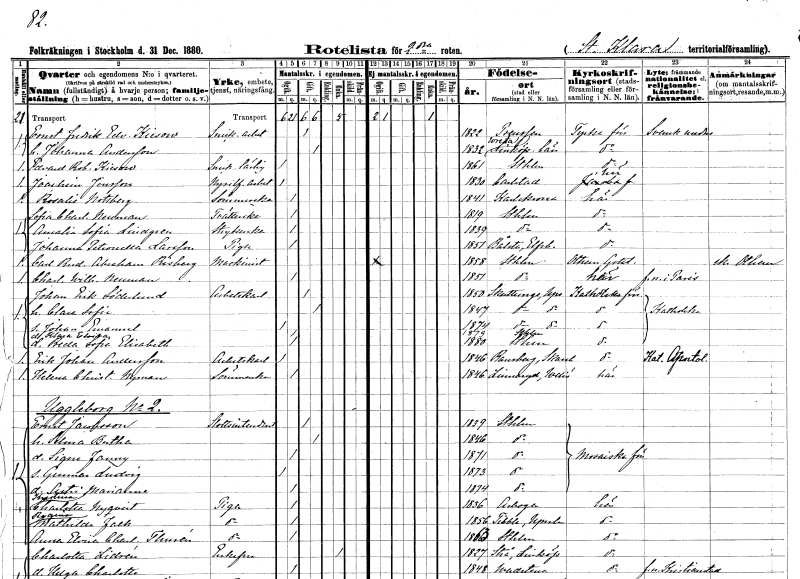
gt_parse: households: individuals: FN: Ernst Fredrik Edvard
EN: Kiesow
YRKE: Snickeriarbetare
KON: M
CIV: G
FODAR: 1822
FN: Johanna
EN: Andersson
KON: K
CIV: G
FODAR: 1832
FODFORS: Vreta kloster Östergötlands län
FN: Edvard Robert
EN: Kiesow
YRKE: Snickarelärling
KON: M
CIV: O
FODAR: 1861
FODFORS: Stockholm
FN: Joachim
EN: Jonsson
YRKE: Nysilverarbetare
KON: M
CIV: O
FODAR: 1830
FODFORS: Karlstad Värmlands län
FN: Rosalie
EN: Nottberg
YRKE: Sömmerska
KON: K
CIV: O
FODAR: 1841
FODFORS: Karlskrona Blekinge län
FN: Sofia Charlotta
EN: Neuman
YRKE: Tvätterska
KON: K
CIV: O
FODAR: 1819
FODFORS: Stockholm
FN: Amalia Sofia
EN: Lindgren
YRKE: Strykerska
KON: K
CIV: O
FODAR: 1839
FODFORS: Stockholm
FN: Johanna Petronella
EN: Larsson
YRKE: Piga
KON: K
CIV: O
FODAR: 1851
FODFORS: Bolstad Älvsborgs län
FN: Carl Rudolf Abraham
EN: Risberg
YRKE: Maskinist
KON: M
CIV: O
FODAR: 1858
FODFORS: Stockholm
FN: Charlotta Wilhelmina
EN: Neuman
KON: K
CIV: O
FODAR: 1851
FODFORS: Stockholm
FN: Johan Erik
EN: Söderlund
YRKE: Arbetskarl
KON: M
CIV: G
FODAR: 1850
FODFORS: Skuttunge Uppsala län
FN: Clara Sofia
KON: K
CIV: G
FODAR: 1847
FODFORS: Skuttunge Uppsala län
FN: Johan Emanuel
KON: M
CIV: O
FODAR: 1874
FODFORS: Skuttunge Uppsala län
FN: Klara Elvira
KON: K
CIV: O
FODAR: 1879
FODFORS: Stockholm
FN: Beda Sofia Elisabeth
KON: K
CIV: O
FODAR: 1880
FODFORS: Stockholm
FN: Erik Johan
EN: Andersson
YRKE: Arbetskarl
KON: M
CIV: O
FODAR: 1846
FN: Helena Christina
EN: Nyman
YRKE: Sömmerska
KON: K
CIV: O
FODAR: 1846
FODFORS: Linneryd Kronobergs län
FN: Ernst
EN: Jacobsson
YRKE: Slottsintendent
KON: M
CIV: G
FODAR: 1839
FODFORS: Stockholm
FN: Alma Bertha
KON: K
CIV: G
FODAR: 1846
FODFORS: Stockholm
FN: Signe Fanny
KON: K
CIV: O
FODAR: 1871
FODFORS: Stockholm
FN: Gunnar Ludvig
KON: M
CIV: O
FODAR: 1873
FODFORS: Stockholm
FN: Astri Marianne
KON: K
CIV: O
FODAR: 1874
FODFORS: Stockholm
FN: Kristina Charlotta
EN: Nyqvist
YRKE: Piga
KON: K
CIV: O
FODAR: 1836
FODFORS: Arboga Västmanlands län
FN: Regina Mathilda
EN: Falk
YRKE: Piga
KON: K
CIV: O
FODAR: 1856
FODFORS: Tibble Uppsala län
FN: Anna Elvira Charlotta
EN: Thurén
YRKE: Piga
KON: K
CIV: O
FODAR: 1863
FODFORS: Stockholm